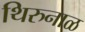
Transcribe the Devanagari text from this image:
थिरुनाळ